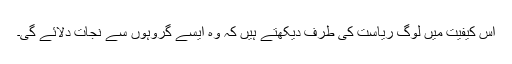
اس کیفیت میں لوگ ریاست کی طرف دیکھتے ہیں کہ وہ ایسے گروہوں سے نجات دلائے گی۔